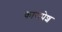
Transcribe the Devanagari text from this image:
कारापेश